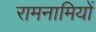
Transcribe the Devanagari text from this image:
रामनामियों